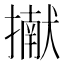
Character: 擜